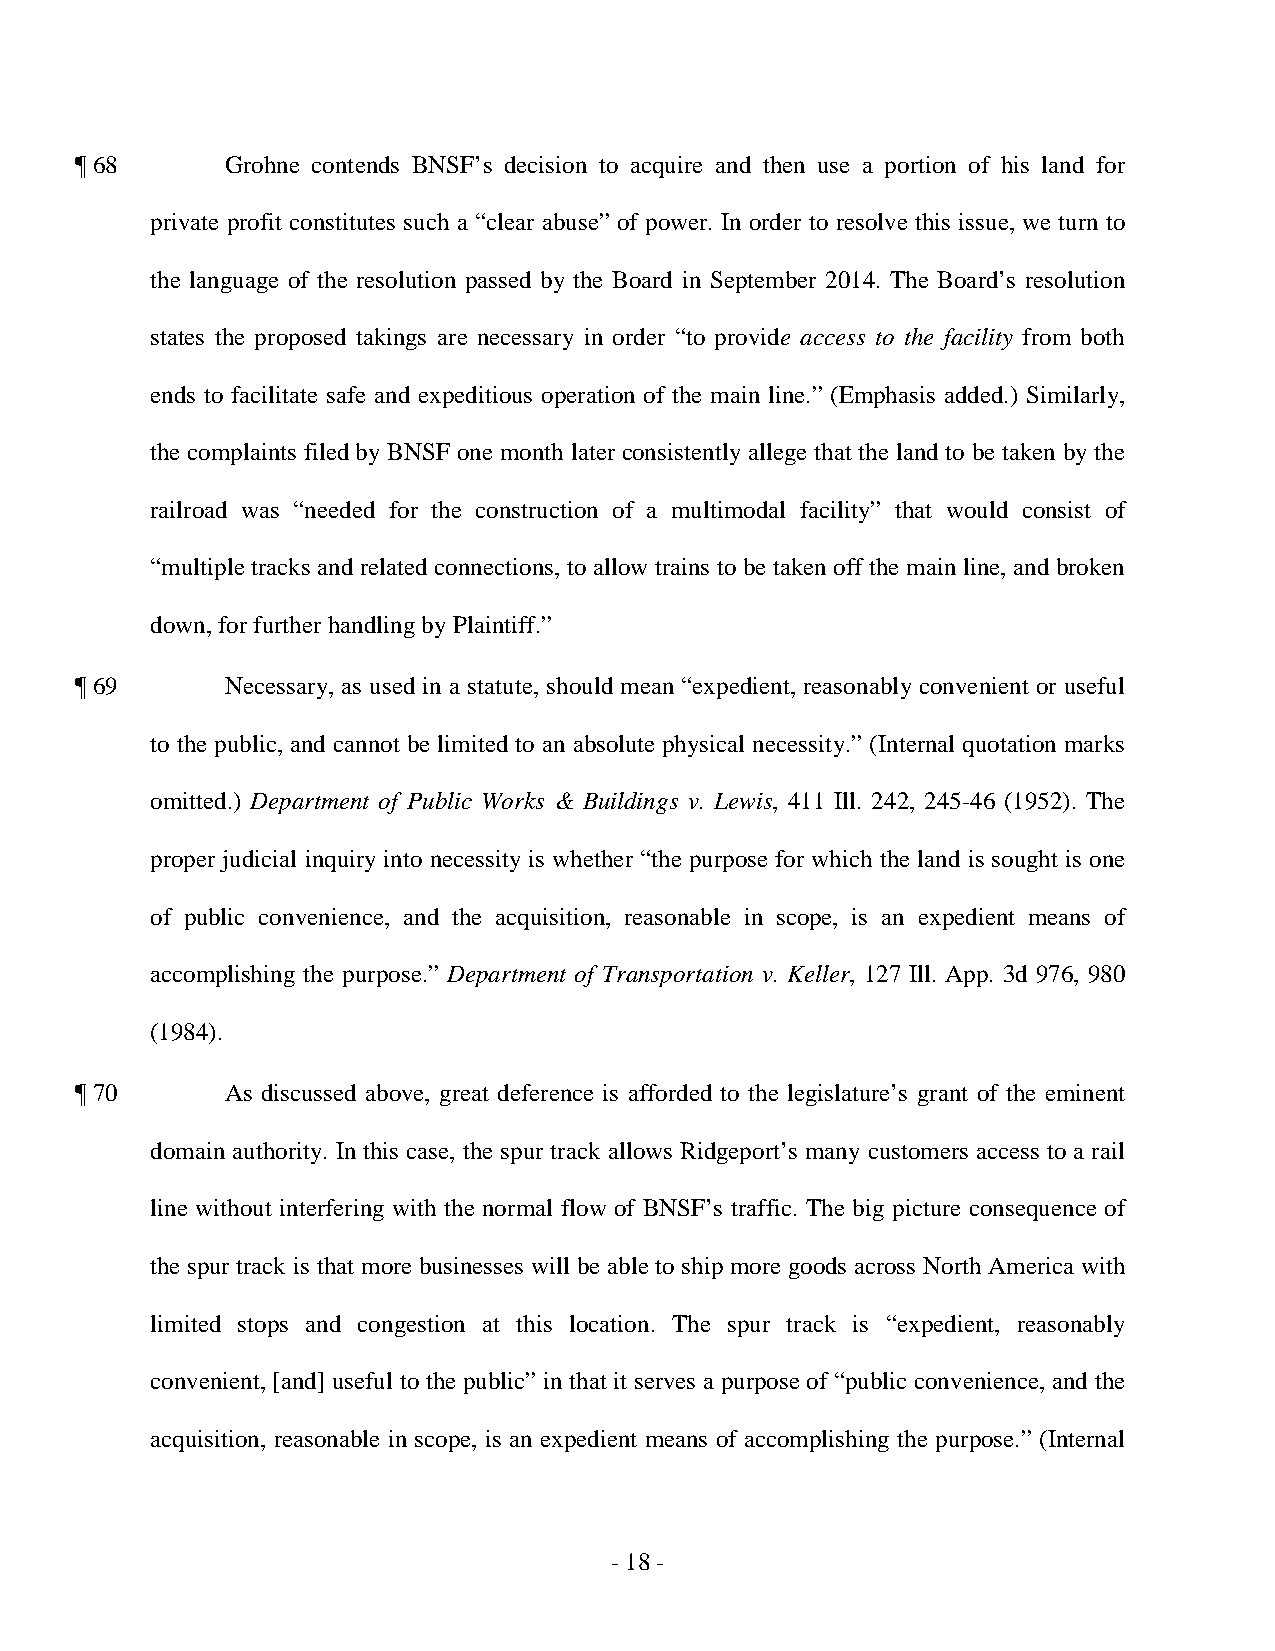
¶ 68      Grohne contends BNSF’s decision to acquire and then use a portion of his land for
 private profit constitutes such a “clear abuse” of power. In order to resolve this issue, we turn to
 the language of the resolution passed by the Board in September 2014. The Board’s resolution
 states the proposed takings are necessary in order “to provide access to the facility from both
 ends to facilitate safe and expeditious operation of the main line.” (Emphasis added.) Similarly,
 the complaints filed by BNSF one month later consistently allege that the land to be taken by the
 railroad was “needed for the construction of a multimodal facility” that would consist of
 “multiple tracks and related connections, to allow trains to be taken off the main line, and broken
 down, for further handling by Plaintiff.”
 ¶ 69      Necessary, as used in a statute, should mean “expedient, reasonably convenient or useful
 to the public, and cannot be limited to an absolute physical necessity.” (Internal quotation marks
 omitted.) Department of Public Works & Buildings v. Lewis, 411 Ill. 242, 245-46 (1952). The
 proper judicial inquiry into necessity is whether “the purpose for which the land is sought is one
 of public convenience, and the acquisition, reasonable in scope, is an expedient means of
 accomplishing the purpose.” Department of Transportation v. Keller, 127 Ill. App. 3d 976, 980
 (1984).
 ¶ 70      As discussed above, great deference is afforded to the legislature’s grant of the eminent
 domain authority. In this case, the spur track allows Ridgeport’s many customers access to a rail
 line without interfering with the normal flow of BNSF’s traffic. The big picture consequence of
 the spur track is that more businesses will be able to ship more goods across North America with
 limited stops and congestion at this location. The spur track is “expedient, reasonably
 convenient, [and] useful to the public” in that it serves a purpose of “public convenience, and the
 acquisition, reasonable in scope, is an expedient means of accomplishing the purpose.” (Internal
 - 1 8 ­